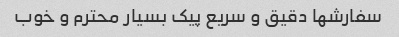
سفارشها دقیق و سریع پیک بسیار محترم و خوب